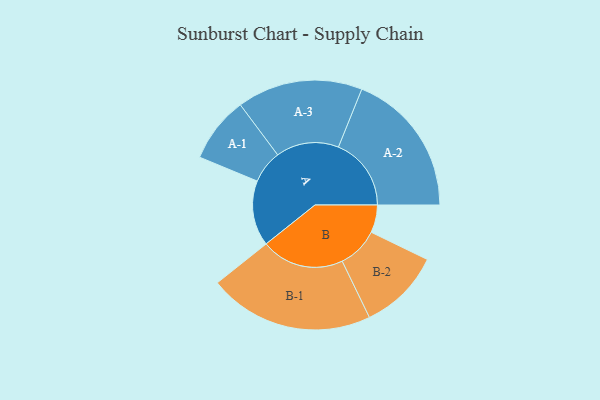
{"axis": {"x": "Segment", "y": "Value"}, "legend": ["", "A", "B"], "data": [{"x": "A", "y": 236, "type": ""}, {"x": "B", "y": 100, "type": ""}, {"x": "A-1", "y": 119, "type": "A"}, {"x": "A-2", "y": 263, "type": "A"}, {"x": "A-3", "y": 227, "type": "A"}, {"x": "B-1", "y": 299, "type": "B"}, {"x": "B-2", "y": 148, "type": "B"}]}